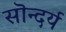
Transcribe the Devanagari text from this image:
सॊन्दर्य